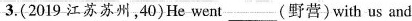
3.(2019 江苏苏州,40)He went___(野营)with us and